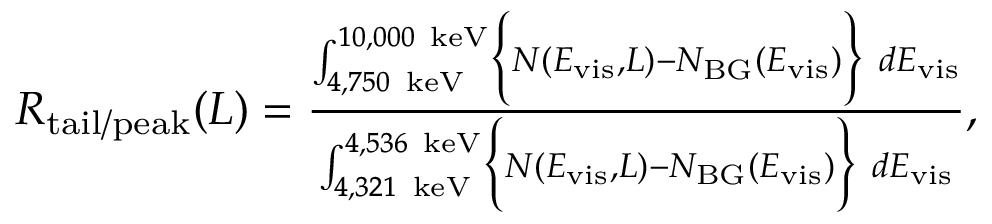
\begin{array} { r } { R _ { \mathrm { t a i l / p e a k } } ( L ) = \frac { \int _ { 4 , 7 5 0 ~ \mathrm { k e V } } ^ { 1 0 , 0 0 0 ~ \mathrm { k e V } } \Bigl \{ N ( E _ { \mathrm { v i s } } , L ) - N _ { \mathrm { B G } } ( E _ { \mathrm { v i s } } ) \Bigr \} ~ d E _ { \mathrm { v i s } } } { \int _ { 4 , 3 2 1 ~ \mathrm { k e V } } ^ { 4 , 5 3 6 ~ \mathrm { k e V } } \Bigl \{ N ( E _ { \mathrm { v i s } } , L ) - N _ { \mathrm { B G } } ( E _ { \mathrm { v i s } } ) \Bigr \} ~ d E _ { \mathrm { v i s } } } , } \end{array}